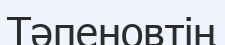
Тәпеновтің